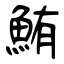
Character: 鮪